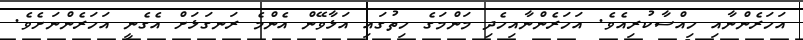
އަހަރެންނާއި ހިއްސާކުރިއެވެ. އަހަރެންނާއިހެދި މަންމަގެ ހިތުގައި އަޅާވޭން އެންމެ ރަނގަޅަށް އެގެނީ އަހަރެންނަށެވެ.